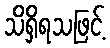
သိရှိရသဖြင့်